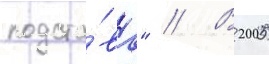
подста́ва" // В 2005